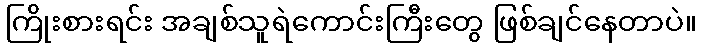
ကြိုးစားရင်း အချစ်သူရဲကောင်းကြီးတွေ ဖြစ်ချင်နေတာပဲ။